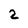
Character: 2